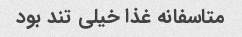
متاسفانه غذا خیلی تند بود